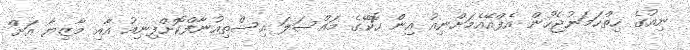
ނިއުގެ ހިތްހަމަނުޖެހުން އެފްއޭއެމަށްނިއު އިން ހޮކޭގެ މައްސަލަ އިސްތިއުނާފްކޮށްފިނިއު އާއި މާޒިޔާ އަށް